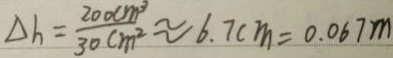
\Delta h = \frac { 2 0 0 c m ^ { 3 } } { 3 0 c m ^ { 2 } } \approx 6 . 7 c m = 0 . 0 6 7 m